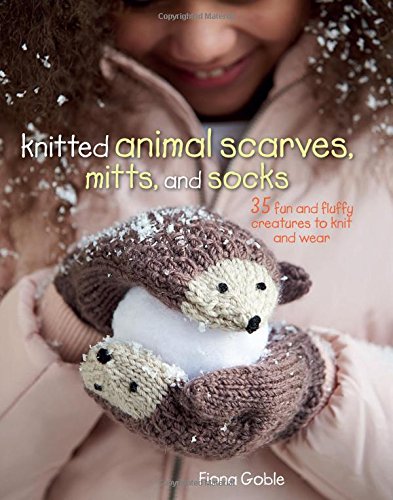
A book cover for Knitted Animal Scarves, Mitts, and Socks: 35 Fun and Fluffy Creatures to Knit and Wear; Fiona Goble; Crafts, Hobbies & Home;